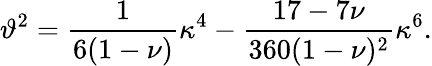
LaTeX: \vartheta^{2}=\frac{1}{6(1-\nu)}\kappa^{4}-\frac{17-7\nu}{360(1-\nu)^{2}}\kappa^{6}.